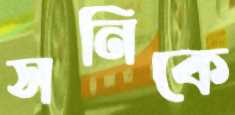
সনিকে